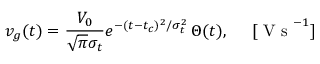
v _ { g } ( t ) = \frac { V _ { 0 } } { \sqrt { \pi } \sigma _ { t } } e ^ { - ( t - t _ { c } ) ^ { 2 } / \sigma _ { t } ^ { 2 } } \, \Theta ( t ) , \quad \mathrm { ~ [ ~ V ~ s ~ } ^ { - 1 } ]